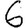
Digit: 6